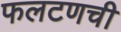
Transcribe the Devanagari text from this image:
फलटणची